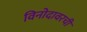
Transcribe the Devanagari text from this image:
विनोदावरची